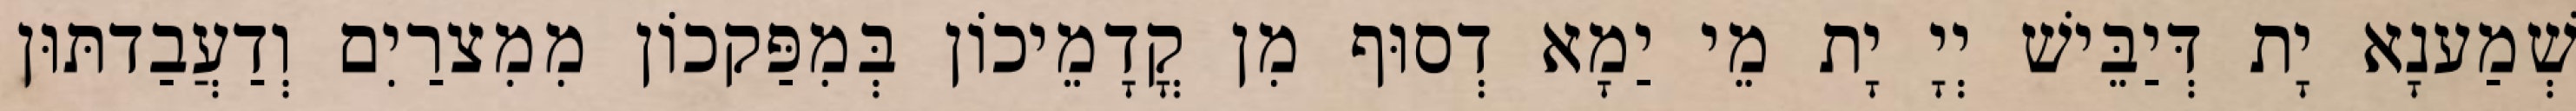
שְׁמַענָא יָת דְּיַבֵּישׁ יְיָ יָת מֵי יַמָא דְסוּף מִן קֳדָמֵיכוֹן בְּמִפַּקכוֹן מִמִצרַיִם וְדַעֲבַדתּוּן